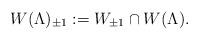
LaTeX: \begin{align*} W(\Lambda)_{\pm 1} := W_{\pm 1} \cap W(\Lambda).\end{align*}